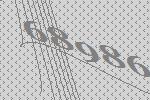
68986